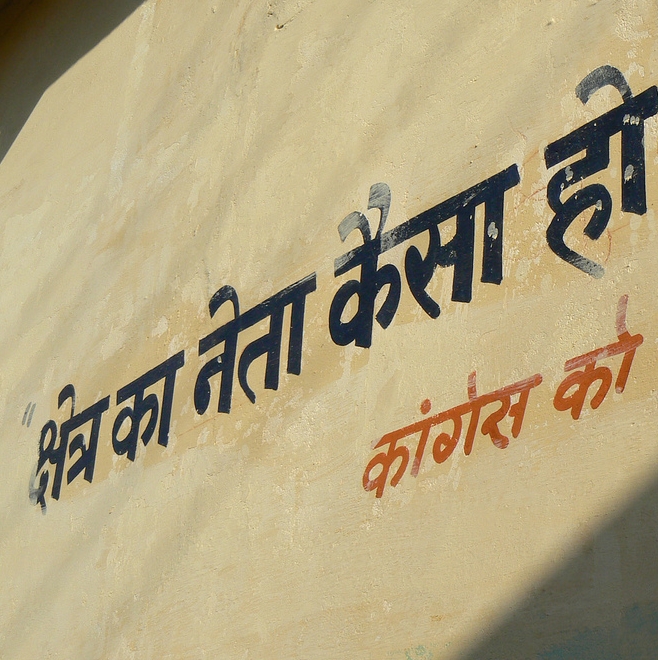
Language: hindi
Transcription: क्षेत्र कांग्रेस का नेता कैसा को हो